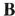
B